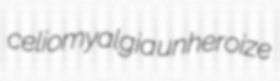
celiomyalgia unheroize